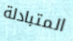
المتبادلة